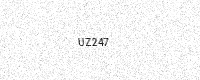
Text: UZ247